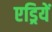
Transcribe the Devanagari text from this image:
एड्रियें